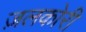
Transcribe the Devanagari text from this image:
ज़लकोरी